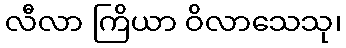
လီလာ ကြိယာ ဝိလာသေသု၊